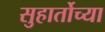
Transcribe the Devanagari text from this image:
सुहार्तोच्या